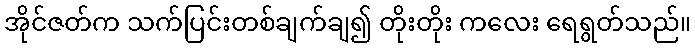
အိုင်ဇတ်က သက်ပြင်းတစ်ချက်ချ၍ တိုးတိုး ကလေး ရေရွတ်သည်။